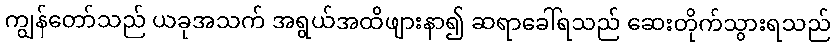
ကျွန်တော်သည် ယခုအသက် အရွယ်အထိဖျားနာ၍ ဆရာခေါ်ရသည် ဆေးတိုက်သွားရသည်